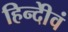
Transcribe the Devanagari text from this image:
हिन्दीेवं